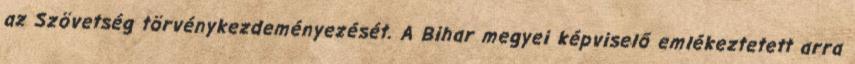
az Szövetség törvénykezdeményezését. A Bihar megyei képviselő emlékeztetett arra